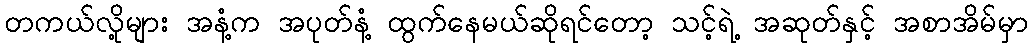
တကယ်လို့များ အနံ့က အပုတ်နံ့ ထွက်နေမယ်ဆိုရင်တော့ သင့်ရဲ့ အဆုတ်နှင့် အစာအိမ်မှာ